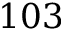
1 0 3